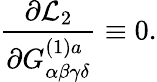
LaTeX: \frac{\partial{\cal L}_{2}}{\partial G_{\alpha\beta\gamma\delta}^{(1)a}}\equiv 0.